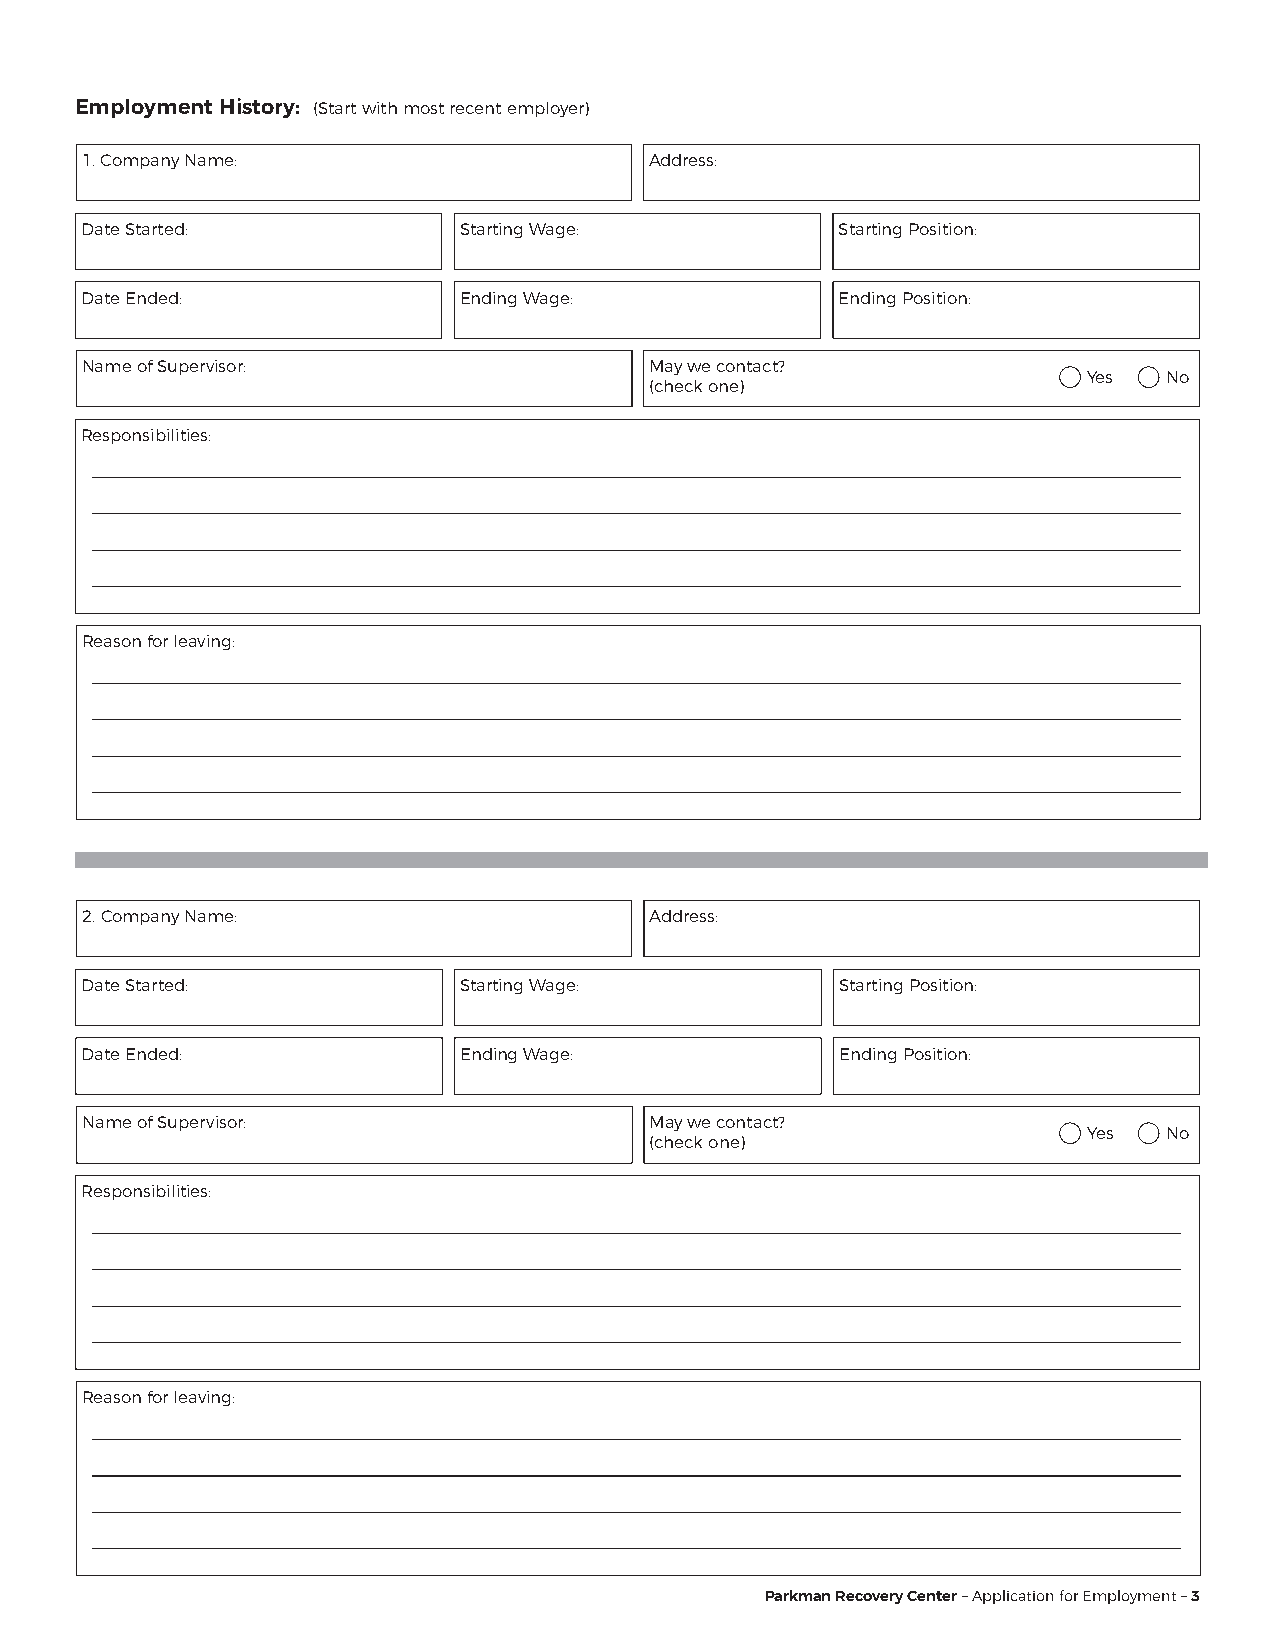
Employment History: (Start with most recent employer)
 1. Company Name:                      Address:
 Date Started:            Starting Wage:            Starting Position:
 Date Ended:              Ending Wage:              Ending Position:
 Name of Supervisor:                   May we contact?
 Yes  No
 (check one)
 Responsibilities:
 Reason for leaving:
 2. Company Name:                      Address:
 Date Started:            Starting Wage:            Starting Position:
 Date Ended:              Ending Wage:              Ending Position:
 Name of Supervisor:                   May we contact?
 Yes  No
 (check one)
 Responsibilities:
 Reason for leaving:
 Parkman Recovery Center – Application for Employment – 3